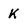
Character: K